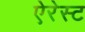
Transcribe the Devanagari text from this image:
ऐरेस्ट